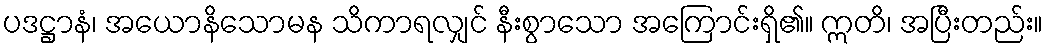
ပဒဋ္ဌာနံ၊ အယောနိသောမန သိကာရလျှင် နီးစွာသော အကြောင်းရှိ၏။ ဣတိ၊ အပြီးတည်း။